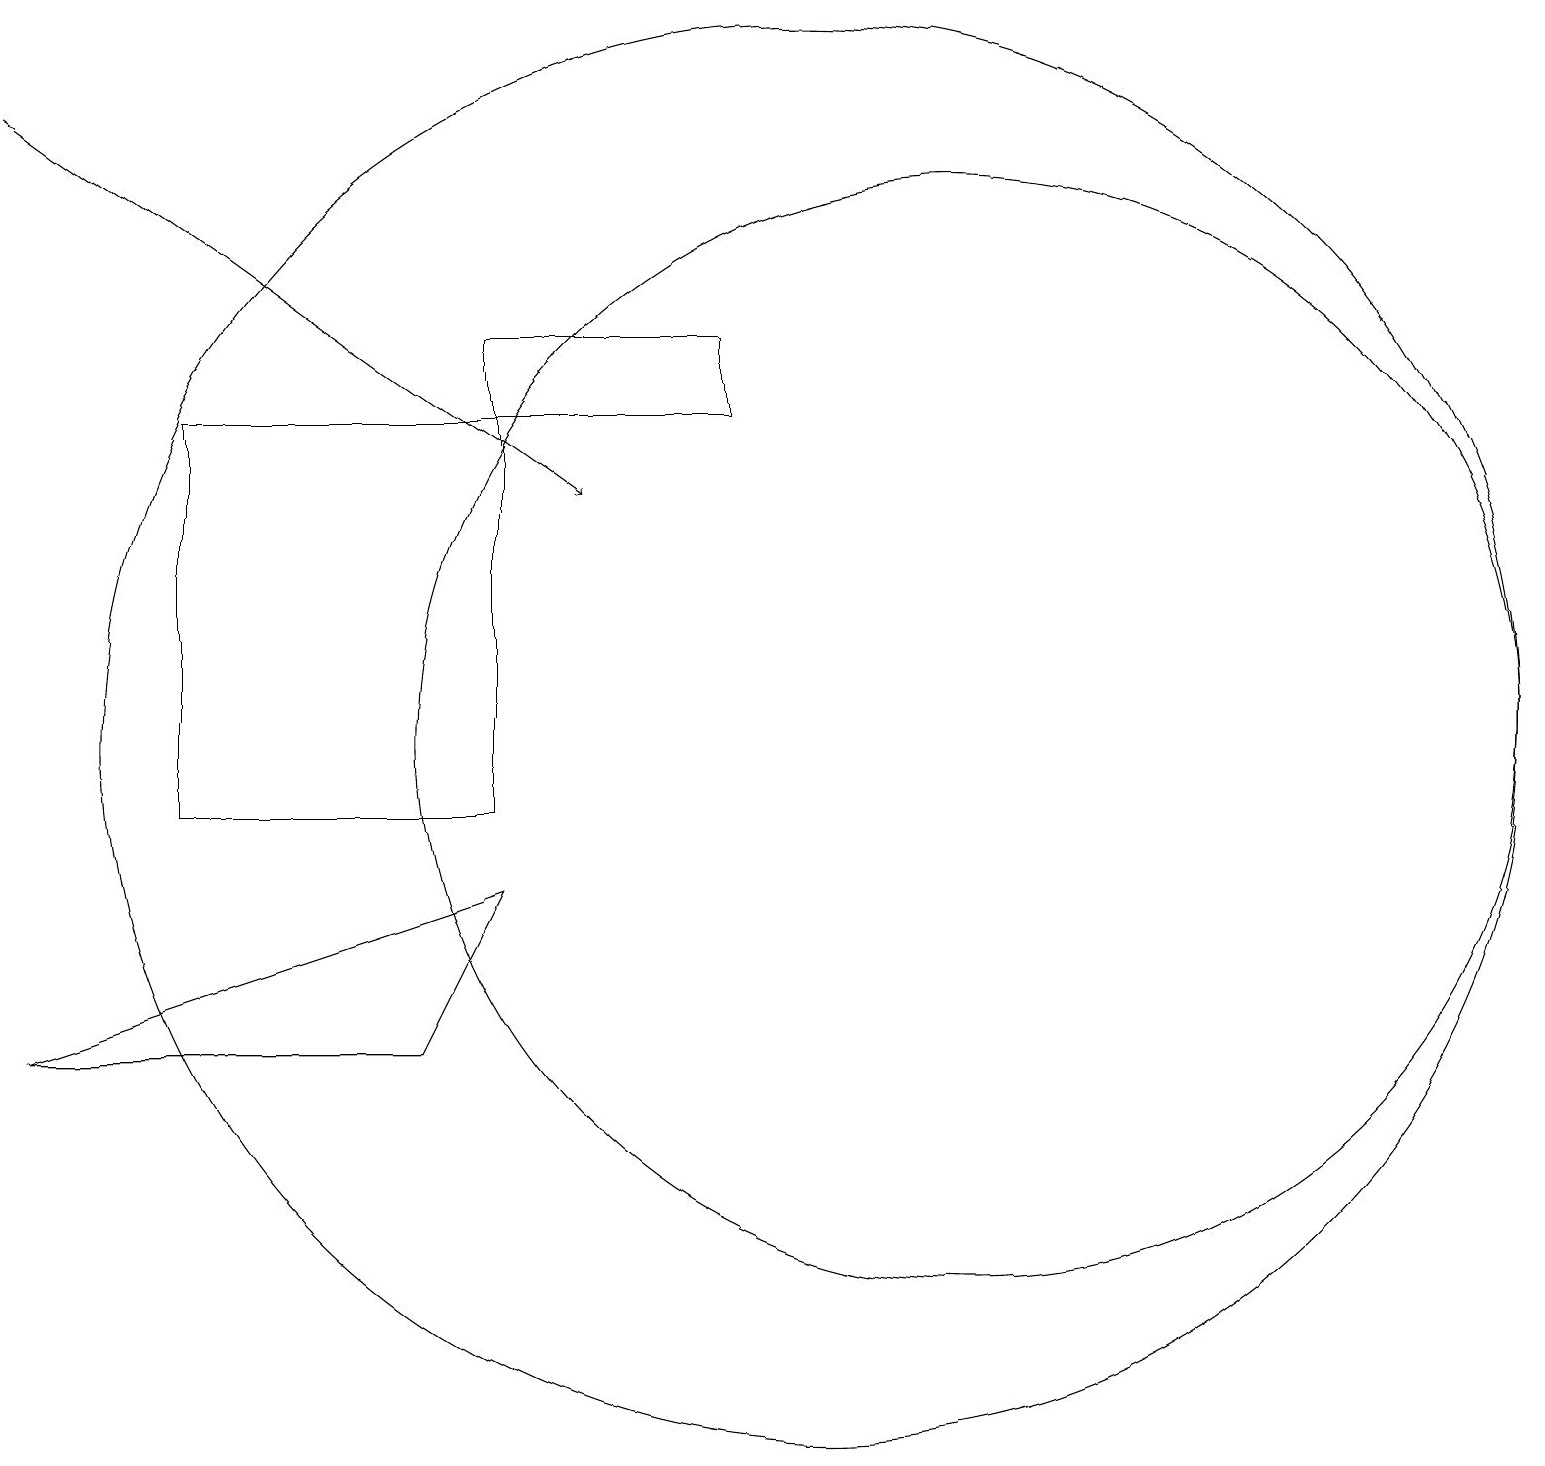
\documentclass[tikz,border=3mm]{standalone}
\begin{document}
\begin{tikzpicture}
\draw (0,7) -- (6,9) -- (5,7) -- cycle;
\draw (2,10) rectangle (6,15);
\draw[->] (0,19) -- (7,14);
\draw (9,16) rectangle (6,15);
\draw (12,11) circle (7);
\draw (10,11) circle (9);
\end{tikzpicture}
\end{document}